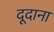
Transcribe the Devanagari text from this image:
दूदाना